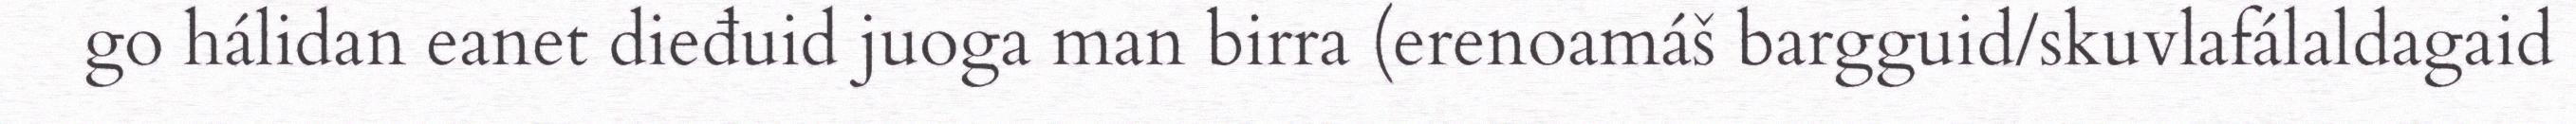
go hálidan eanet dieđuid juoga man birra (erenoamáš bargguid/skuvlafálaldagaid